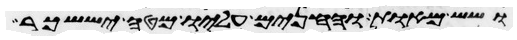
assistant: ושש מאות והחנים עליו מטה יששכר